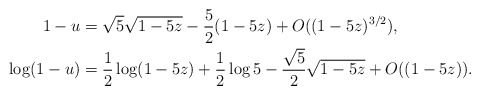
\begin{align*} 1-u &= \sqrt{5}\sqrt{1-5z}-\frac52(1-5z)+O((1-5z)^{3/2}),\\ \log(1-u)&= \frac12\log(1-5z)+\frac12\log 5 - \frac{\sqrt{5}}{2}\sqrt{1-5z}+ O((1-5z)). \end{align*}